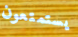
يستمتعون